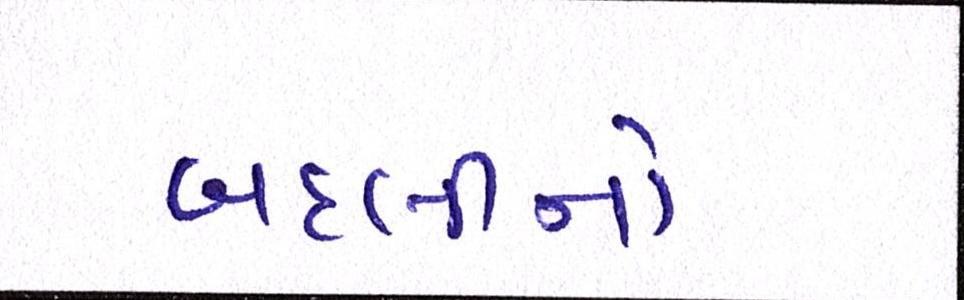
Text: બદલીનો